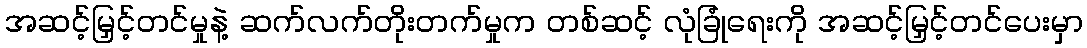
အဆင့်မြှင့်တင်မှုနဲ့ ဆက်လက်တိုးတက်မှုက တစ်ဆင့် လုံခြုံရေးကို အဆင့်မြှင့်တင်ပေးမှာ